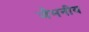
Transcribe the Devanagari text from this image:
जैमनीय